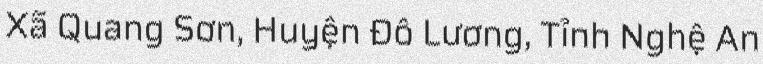
Xã Quang Sơn, Huyện Đô Lương, Tỉnh Nghệ An